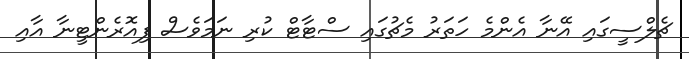
ޗެލްސީގައި އޭނާ އެންމެ ހަތަރު މެޗުގައި ސްޓާޓް ކުރި ނަމަވެސް ފިއޮރެންޓީނާ އާއި